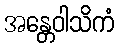
အန္တေဝါသိကံ